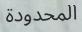
المحدودة